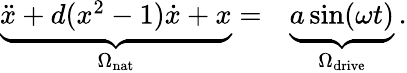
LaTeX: \begin{array}{rl}{\underbrace{\ddot{x}+d(x^{2}-1)\dot{x}+x}_{\Omega_{\mathrm{nat}}}=}&{{}\underbrace{a\sin(\omega t)}_{\Omega_{\mathrm{drive}}}\, .}\end{array}